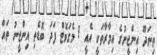
ތިނަދޫ އިންޖީނުގެ އިމާރާތަކީ އެއީ 1 މެގަވޮޓް ފަދަ ބޮޑެތި އިންޖީނު ތައް